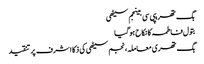
بگ تھریپی سی بینجم سیٹھی
بتول فاطمہ کا نکاح ہوگیا
بگ تھری معاملہ، نجم سیٹھی کی ذکا اشرف پر تنقید